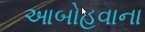
આબોહવાના